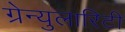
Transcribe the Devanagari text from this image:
ग्रेन्युलारिटी